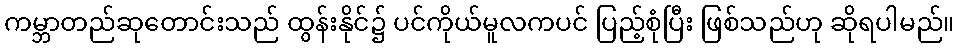
ကမ္ဘာတည်ဆုတောင်းသည် ထွန်းနိုင်၌ ပင်ကိုယ်မူလကပင် ပြည့်စုံပြီး ဖြစ်သည်ဟု ဆိုရပါမည်။